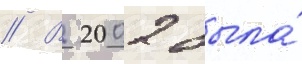
// В 2002 была́